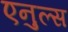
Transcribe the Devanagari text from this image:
एनुल्स